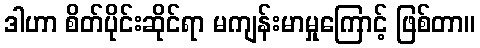
ဒါဟာ စိတ်ပိုင်းဆိုင်ရာ မကျန်းမာမှုကြောင့် ဖြစ်တာ။